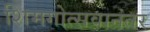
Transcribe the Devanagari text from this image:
शिमगोत्सवानंतर